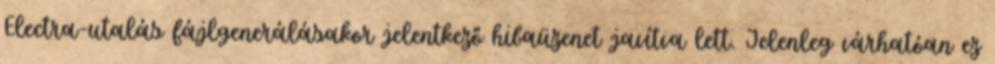
Electra-utalás fájlgenerálásakor jelentkező hibaüzenet javítva lett. Jelenleg várhatóan ez